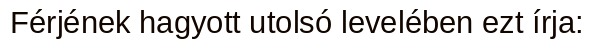
Férjének hagyott utolsó levelében ezt írja: